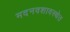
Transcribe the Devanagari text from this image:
मदनवशावस्थेत